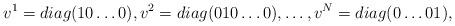
LaTeX: \begin{align*}v^1=diag(10 \ldots 0), v^2=diag(010\ldots0), \ldots, v^N=diag(0\ldots01),\end{align*}